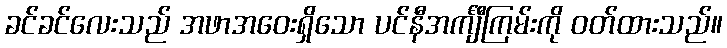
ခင်ခင်လေးသည် အဖာအဝေးရှိသော ပင်နီအင်္ကျီကြမ်းကို ဝတ်ထားသည်။